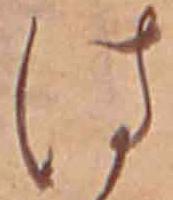
は